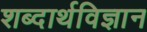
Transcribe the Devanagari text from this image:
शब्दार्थविज्ञान